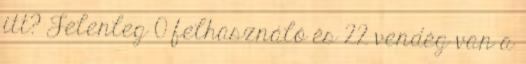
itt? Jelenleg 0 felhasználó és 22 vendég van a